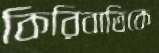
কিরিবাতিকে